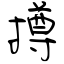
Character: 撙